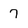
Character: 7